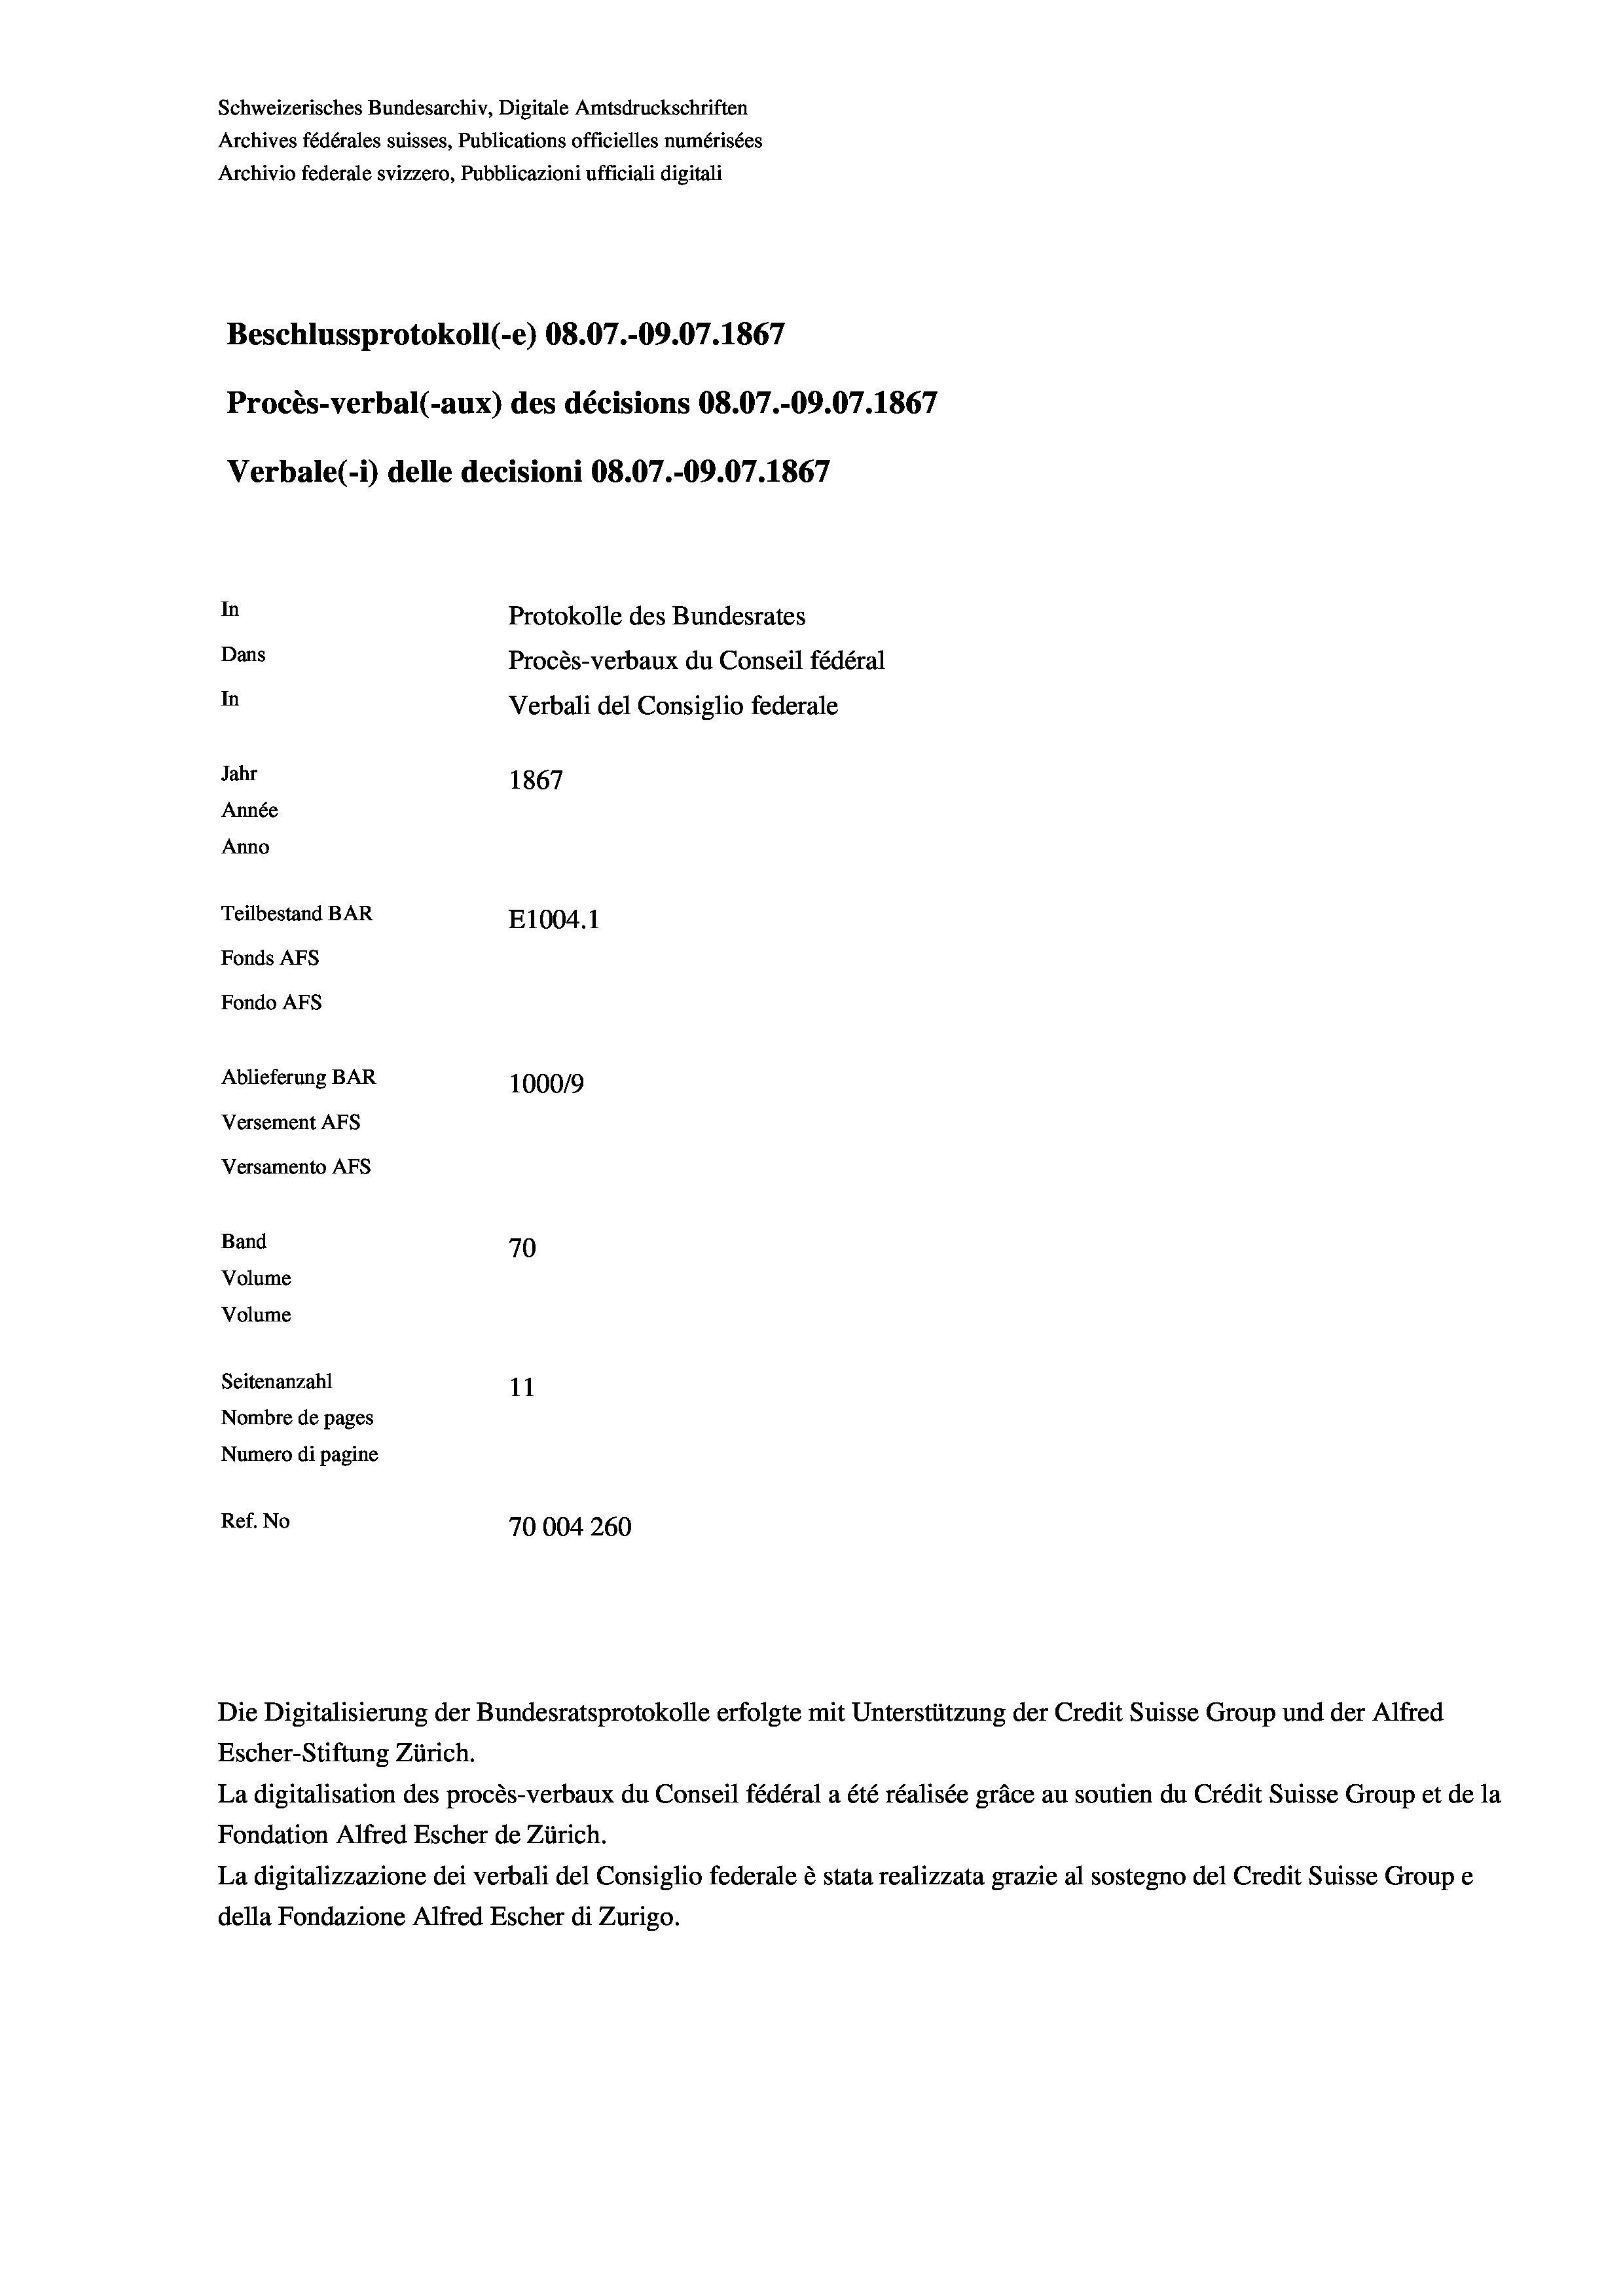
Schweizerisches Bundesarchiv, Digitale Amtsdruckschriften
Archives fédérales suisses, Publications officielles numérisées
Archivio federale svizzero, Pubblicazioni ufficiali digitali
Beschlussprotokoll (-e) 08.07.-09.07. 1867
Procès-verbal (-aux) des décisions 08.07.-09.07. 1867
Verbale (- 1) delle decisioni 08.07.-09.07. 1867
In
Protokolle des Bundesrates
Dans
Procès-verbaux du Conseil fédéral
In
Verbali del Consiglio federale
Jahr
1867
Année
Anno
Teilbestand BAR
E1004.1
Fonds AFs
Fondo Afs
Ablieferung BAR
100019
Versement AFs
Versamento AFs
Band
70
Volume
Volume
Seitenanzahl
11

Nombre de pages
Numero di pagine
Ref. No
70004260

Escher-Stiftung Zürich.
La digitalisation des procès-verbaux du Conseil fédéral a été réalisée gräce au soutien du Crédit Suisse Group et de la
Fondation Alfred Escher de Zürich.
La digitalizzazione dei verbali del Consiglio federale è stata realizzata grazie al sostegno del Credit Suisse Groupe
della Fondazione Alfred Escher di Zurigo.

Die Digitalisierung der Bundesratsprotokolle erfolgte mit Unterstützung der Credit Suisse Group und der Alfred